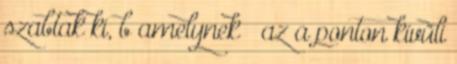
szabtak ki, b amelynek – az a ponton kívüli